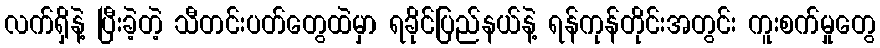
လက်ရှိနဲ့ ပြီးခဲ့တဲ့ သီတင်းပတ်တွေထဲမှာ ရခိုင်ပြည်နယ်နဲ့ ရန်ကုန်တိုင်းအတွင်း ကူးစက်မှုတွေ